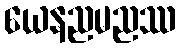
ယေနညမညဿ